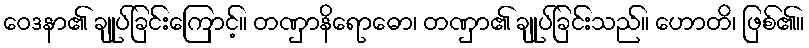
ဝေဒနာ၏ ချုပ်ခြင်းကြောင့်။ တဏှာနိရောဓော၊ တဏှာ၏ ချုပ်ခြင်းသည်။ ဟောတိ၊ ဖြစ်၏။